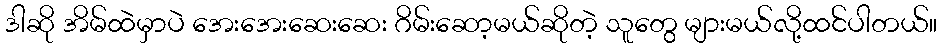
ဒါဆို အိမ်ထဲမှာပဲ အေးအေးဆေးဆေး ဂိမ်းဆော့မယ်ဆိုတဲ့ သူတွေ များမယ်လို့ထင်ပါတယ်။